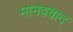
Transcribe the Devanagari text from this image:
मानवबाद